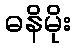
ဓနိမိုး